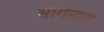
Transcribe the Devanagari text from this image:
भोगनात